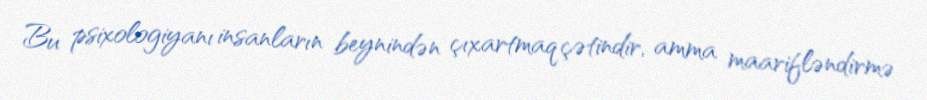
Bu psixologiyanı insanların beynindən çıxartmaq çətindir, amma maarifləndirmə